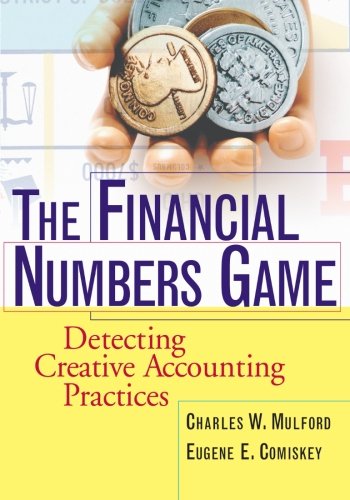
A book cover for The Financial Numbers Game: Detecting Creative Accounting Practices; Charles W. Mulford; Business & Money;